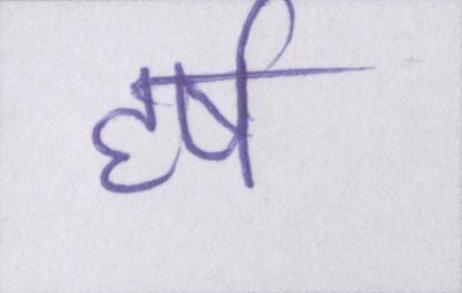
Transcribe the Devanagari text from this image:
हर्ष